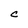
Character: C